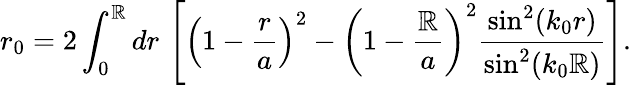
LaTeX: r_{0}=2\int_{0}^{\mathbb{R}}dr\, \left[\left(1-\frac{{r}}{{a}}\right)^{2}-\left(1-\frac{{\mathbb{R}}}{{a}}\right)^{2}\frac{{\sin^{2}(k_{0}r)}}{{\sin^{2}(k_{0}\mathbb{R})}}\right].